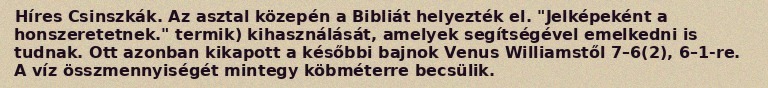
Híres Csinszkák. Az asztal közepén a Bibliát helyezték el. "Jelképeként a honszeretetnek." termik) kihasználását, amelyek segítségével emelkedni is tudnak. Ott azonban kikapott a későbbi bajnok Venus Williamstől 7–6(2), 6–1-re. A víz összmennyiségét mintegy köbméterre becsülik.